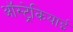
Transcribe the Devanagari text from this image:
ऑस्ट्रेकियाई